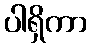
ပါရှိကာ